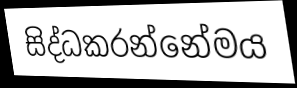
සිද්ධකරන්නේමය